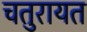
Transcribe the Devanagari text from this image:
चतुरायत